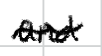
Text: and
Cross-out: wave
Writing tool: digital_black